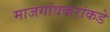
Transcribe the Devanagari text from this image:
माजगांवकरांकडे